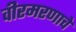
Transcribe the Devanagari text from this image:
वीरमरणाचे